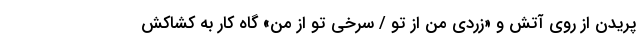
پریدن از روی آتش و «زردی من از تو / سرخی تو از من» گاه کار به کشاکش